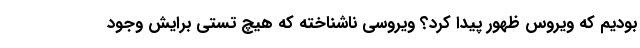
بودیم که ویروس ظهور پیدا کرد؟ ویروسی ناشناخته که هیچ تستی برایش وجود